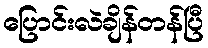
ပြောင်းလဲချိန်တန်ပြီ